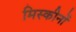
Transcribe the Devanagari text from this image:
मिस्कीनों